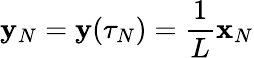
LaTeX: {\mathbf y}_{N}={\mathbf y}(\tau_{N})=\frac{1}{L}{\mathbf x}_{N}